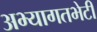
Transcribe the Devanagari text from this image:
अभ्यागतभेटी